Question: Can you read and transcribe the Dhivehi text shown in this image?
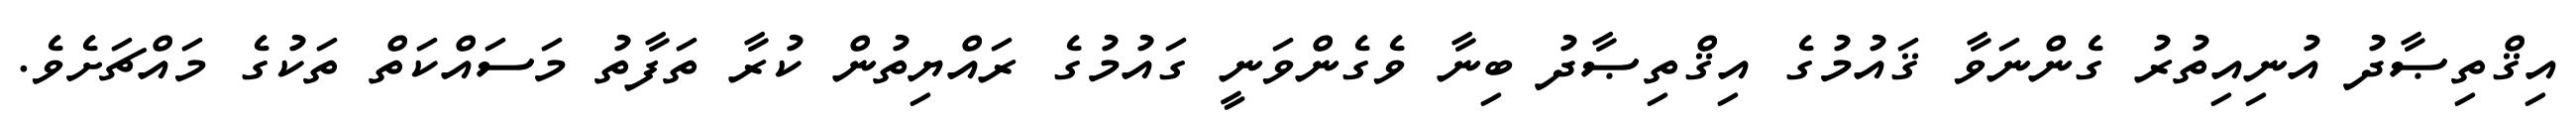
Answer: އިޤްތިޞާދު އުނިއިތުރު ގެންނަވާ ޤައުމުގެ އިޤްތިޞާދު ބިނާ ވެގެންވަނީ ގައުމުގެ ރައްޔިތުން ކުރާ ތަފާތު މަސައްކަތް ތަކުގެ މައްޗަށެވެ.